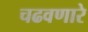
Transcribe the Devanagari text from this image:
चढवणारे